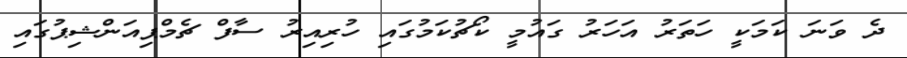
ދެ ވަނަ ކަމަކީ ހަތަރު އަހަރު ގައުމީ ކޯޗުކަމުގައި ހުރިއިރު ސާފް ޗެމްޕިއަންޝިޕުގައި